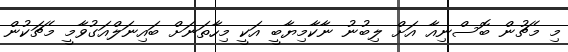
މި މެޗުން ބޮސްނިއާ އަށް ލިބުނު ނާކާމިޔާބީ އަކީ މިހާތަނަށް ބައިނަލްއަގުވާމީ މެޗަކުން